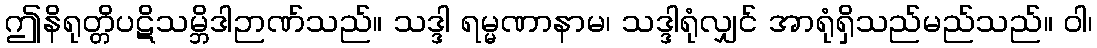
ဤနိရုတ္တိပဋိသမ္ဘိဒါဉာဏ်သည်။ သဒ္ဒါ ရမ္မဏာနာမ၊ သဒ္ဒါရုံလျှင် အာရုံရှိသည်မည်သည်။ ဝါ၊